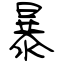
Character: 暴